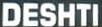
DESHTI